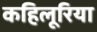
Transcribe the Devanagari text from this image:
कहिलूरिया